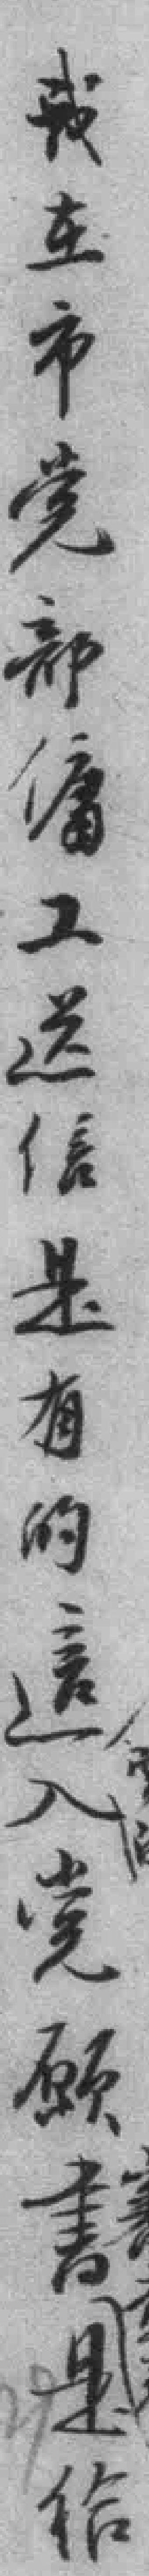
我在市党部傭工送信是有的這入党願書是给